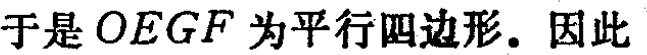
于是 \(OEGF\) 为平行四边形. 因此